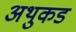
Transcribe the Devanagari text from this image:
अथुकड